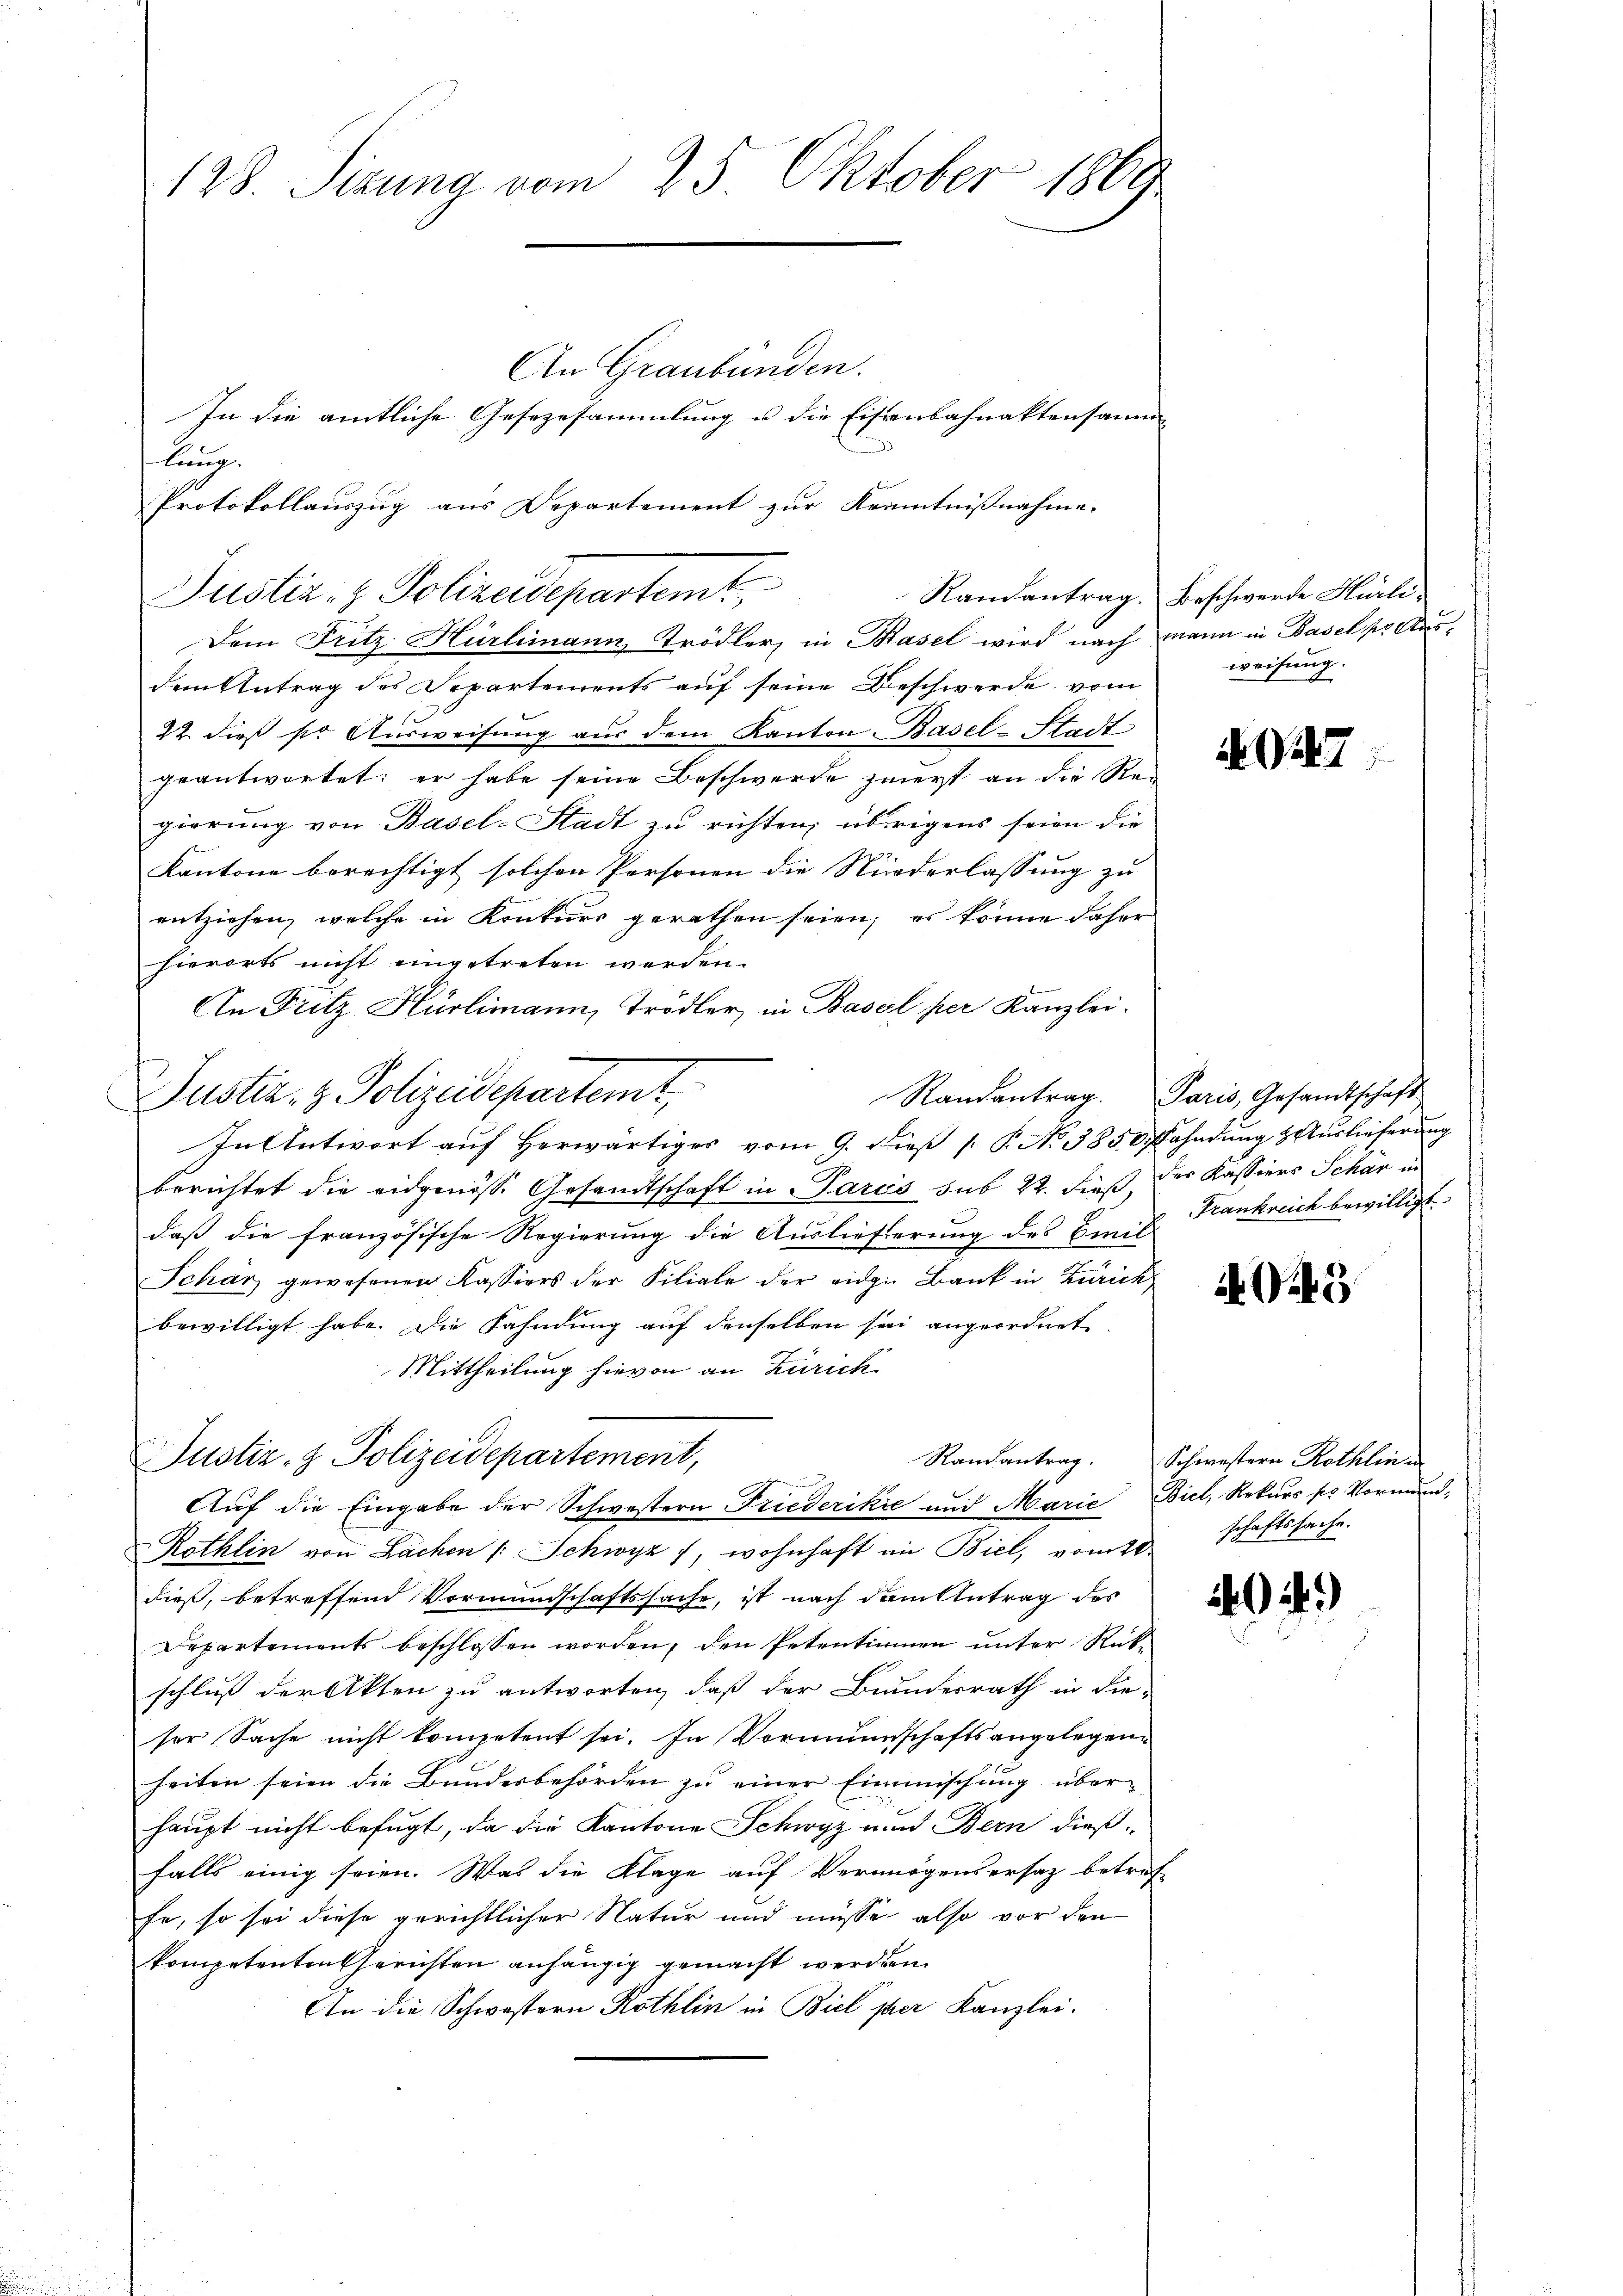
128. Sizung vom 25. Oktober 1869

An Graubünden.
In die amtliche Gesezesammlung u die Eisenbahnaktensaum-
lung.
Protokollauszug aus Departement zur Kenntnißnahme.
Dem Fritz Hürlimann, Trödler, in Basel wird nach mann in Basel pr Ausdem Antrag des Departements auf seine Beschwerde vom
22. dieß so Ausweisung aus dem Kanton Basel-Stadt
geantwortet; er habe seine Beschwerde zuert an die Re-
gierung von Basel-Stadt zu richten; übrigens seien die
Kantone berechtigt solchen Personen die Niederlassung zu
entziehen, welche in Konkurs gerathen seien; es könne daher
hierorts nicht eingetreten werden.
An Fritz Hürlimann, Trödler, in Basel per Kanzlei.
In Antwort auf Herwärtiges vom 9. Dieß [ P. No 3850 Fahndung & Auslieferung
berichtet die eidgenösse Gesandtschaft in Paris sub 22. dieß, der Kassiers Schan in
daß die französische Regierung die Auslieferung des Emil
Schär gewesenen Kassiers der Filiale der eidge Bank in Zürich
bewilligt habe. Die Fahndung auf denselben sei angeordnet
Mittheilung hievon an Zürich
Randantrag.
Justiz- & Polizeidepartement,
Auf die Eingabe der Schwestern Friederikić und Marie Biel, Rekurs pr Vormund¬
Röthlin von Sachen /: Schwyz 1, wohnhaft in Biel, vom 10.
dieß, betreffend Vormundschaftssache, ist nach dem Antrag des
Departements beschlossen worden, den Petentinnen unter Rückschluß der Akten zu antworten, daß der Bundesrath in die-
ser Sache nicht kompetent sei. In Vormundschaftsangelegenheiten seien die Bundesbehörden zu einer Einmischung über-
haupt nicht befugt, da die Kantone Schwyz und Bern dieß-
falls einig seien. Was die Klage auf Vermögensersatz betref-
fe, so sei diese gerichtlicher Natur und müsse also vor den
kompetenten Gerichten anhängig gemacht werden.
An die Schwestern Röthlin in Biel ser Kanzlei.

Justiz- & Polizeidepartemt

Justiz- & Polizeidepartemt,

Randantrag. Paris, Gesandtschaft

Randantrag. Beschwerde Hirliweisung.

G17

Frankreich bewilligt.

43

Schwestern Röthlin u
schaftssache.

2)